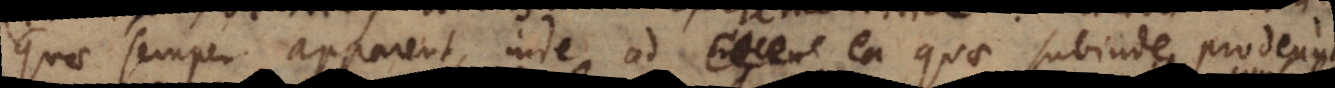
quae semper apparent, inde ad intern ea quae subinde